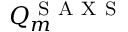
Q _ { m } ^ { \mathrm { ~ S ~ A ~ X ~ S ~ } }